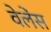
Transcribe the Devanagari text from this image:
वेलेंस